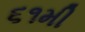
૬૧મી